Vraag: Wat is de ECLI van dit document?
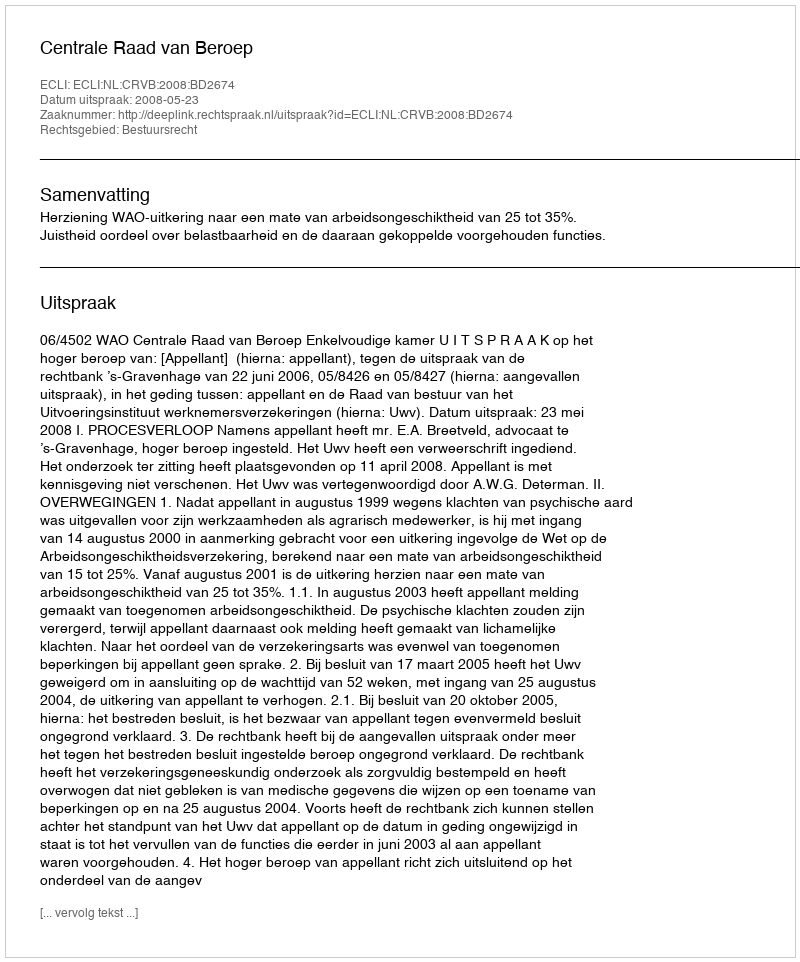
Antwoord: ECLI:NL:CRVB:2008:BD2674